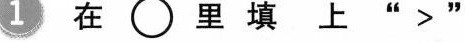
1 在\circ里填上“>”